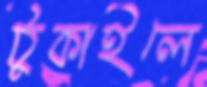
ঠুকাইলে